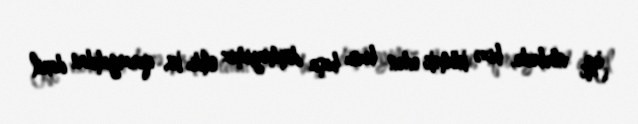
İlk növbədə, bizə kömək edən bunu başa düşməyimiz oldu ki, qərargahdan daxil